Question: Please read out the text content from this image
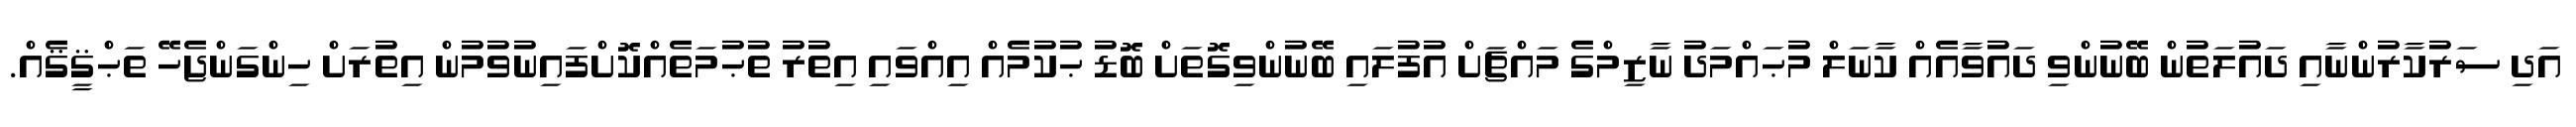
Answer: އަދި ސަރުކާރުންނާއި ދައުލަތުން ބޭނުންވި ދައުވާއެއް ކާނަލް މުޙައްމަދު ނާޒިމްގެ މައްޗަށް އުފުލައި ބޭނުންވިގޮތަށް ބޮޑު ޙުކުމެއް އިއްވައި އިތުރު ތުޙުމަތެއްކޮށްފައިނުވުމުން އިތުރަށް ހިންގަންޖެހޭ ތަޙްޤީޤެއް.